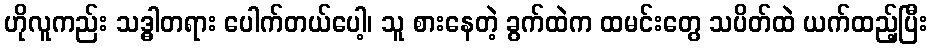
ဟိုလူကည်း သဒ္ဓါတရား ပေါက်တယ်ပေါ့၊ သူ စားနေတဲ့ ခွက်ထဲက ထမင်းတွေ သပိတ်ထဲ ယက်ထည့်ပြီး